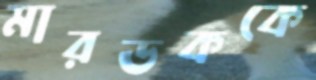
মারডককে